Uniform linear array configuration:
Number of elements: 32
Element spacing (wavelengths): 0.5
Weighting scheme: cosine
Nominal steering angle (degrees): -30
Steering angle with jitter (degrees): -30.486
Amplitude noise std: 0.05
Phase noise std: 0.05

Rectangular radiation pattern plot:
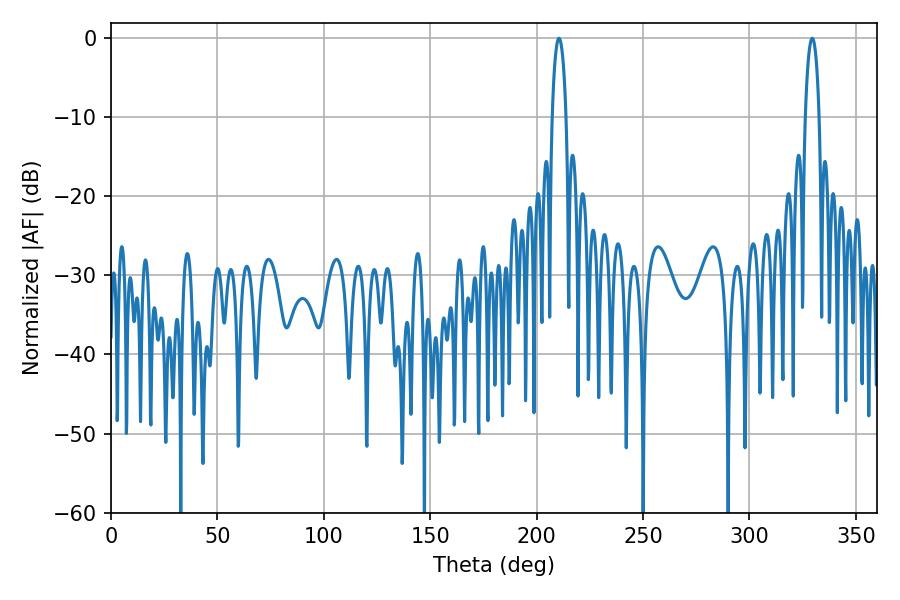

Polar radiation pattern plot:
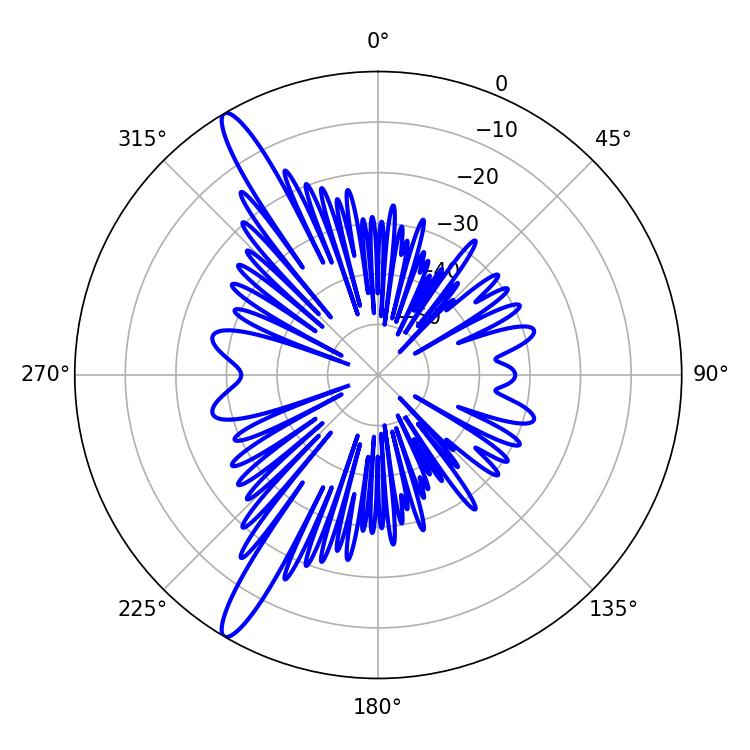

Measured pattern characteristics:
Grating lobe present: FALSE
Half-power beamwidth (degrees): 3.78
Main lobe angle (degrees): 210.42